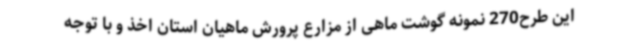
این طرح270 نمونه گوشت ماهی از مزارع پرورش ماهیان استان اخذ و با توجه